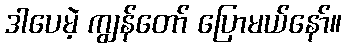
ဒါပေမဲ့ ကျွန်တော် ပြောမယ်နော်။